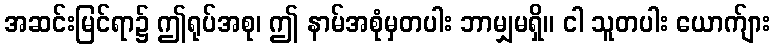
အဆင်းမြင်ရာ၌ ဤရုပ်အစု၊ ဤ နာမ်အစုံမှတပါး ဘာမျှမရှိ။ ငါ သူတပါး ယောက်ျား